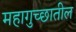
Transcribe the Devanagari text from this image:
महागुच्छातील